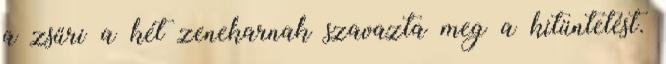
a zsűri a két zenekarnak szavazta meg a kitüntetést.